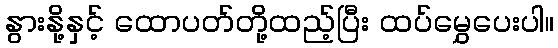
နွားနို့နှင့် ထောပတ်တို့ထည့်ပြီး ထပ်မွှေပေးပါ။